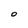
Character: 0